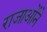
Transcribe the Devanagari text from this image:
राजाओंने